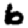
Digit: 6